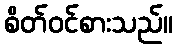
စိတ်ဝင်စားသည်။